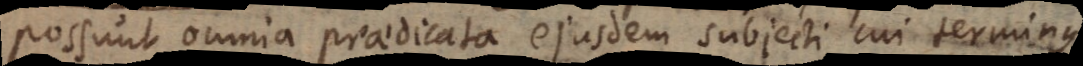
possunt omnia praedicata ejusdem subjecti cui terminus